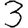
Digit: 3